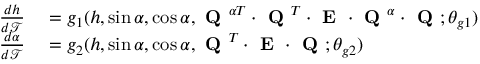
\begin{array} { r l } { \frac { d h } { d \mathcal { T } } } & { { } = g _ { 1 } ( h , \sin \alpha , \cos \alpha , \textbf { Q } ^ { \alpha T } \cdot \textbf { Q } ^ { T } \cdot \textbf { E } \cdot \textbf { Q } ^ { \alpha } \cdot \textbf { Q } ; \theta _ { g 1 } ) } \\ { \frac { d \alpha } { d \mathcal { T } } } & { { } = g _ { 2 } ( h , \sin \alpha , \cos \alpha , \textbf { Q } ^ { T } \cdot \textbf { E } \cdot \textbf { Q } ; \theta _ { g 2 } ) } \end{array}